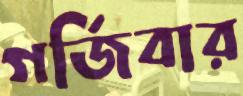
গর্জিবার